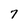
Character: 7